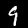
Label: 9